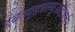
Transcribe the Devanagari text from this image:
डबल्यूडबल्यूआईआई